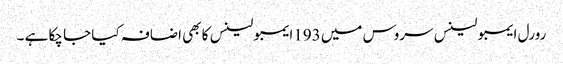
رورل ایمبولینس سروس میں 193ایمبولینس کا بھی اضافہ کیا جا چکا ہے ۔